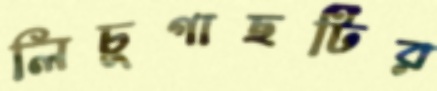
লিচুগাছটির